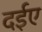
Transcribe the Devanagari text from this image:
दईए